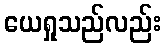
ယေရှုသည်လည်း